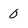
Character: 0